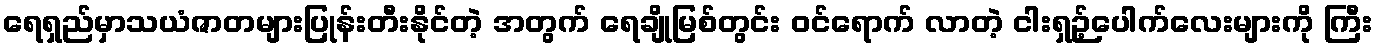
ရေရှည်မှာသယံဇာတများပြုန်းတီးနိုင်တဲ့ အတွက် ရေချိုမြစ်တွင်း ဝင်ရောက် လာတဲ့ ငါးရှဉ့်ပေါက်လေးများကို ကြီး